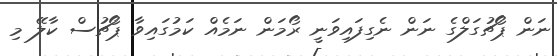
ނަން ޕޯޗުގަލްގެ ނަން ނެގިފައިވަނީ ރޯޯމަން ނަމެއް ކަމުގައިވާ ޕޯޗުސް ކާލޭ މި